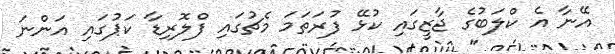
އޭނާ އެ ކްލަބުގެ ޖާޒީގައި ކުޅޭ ފުރަތަމަ މެޗުގައި ފްލޮރިޑާ ކަޕުގައި އަންނަ